Malarial fevers
Disease focus: Malaria
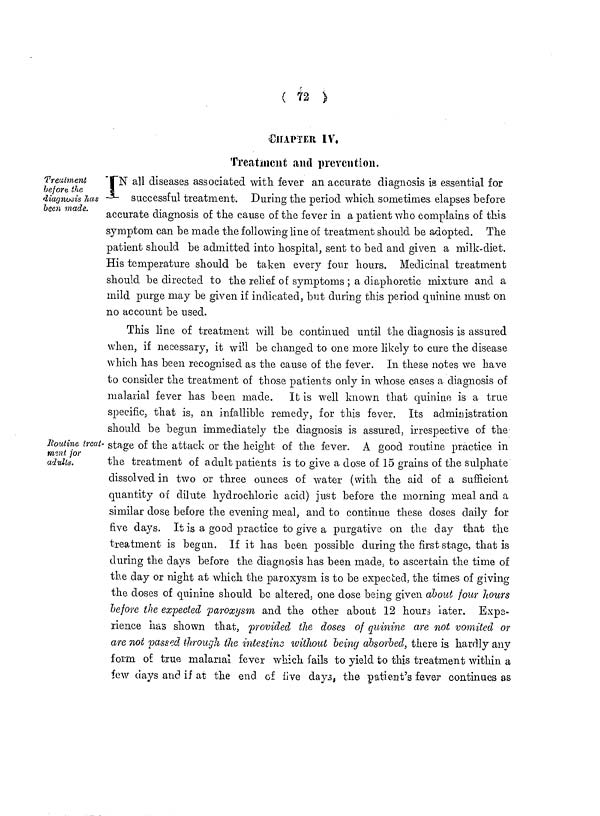
( 72 )
CHAPTER IV.
Treatment and prevention.
Treatment
before the
diagnosis has
been made.
IN all diseases associated with fever an accurate diagnosis is essential for
successful treatment. During the period which sometimes elapses before
accurate diagnosis of the cause of the fever in a patient who complains of this
symptom can be made the following line of treatment should be adopted. The
patient should be admitted into hospital, sent to bed and given a milk-diet.
His temperature should be taken every four hours. Medicinal treatment
should be directed to the relief of symptoms ; a diaphoretic mixture and a
mild purge may be given if indicated, but during this period quinine must on
no account be used.
Routine treat-
ment for
adults.
This line of treatment will be continued until the diagnosis is assured
when, if necessary, it will be changed to one more likely to cure the disease
which has been recognised as the cause of the fever. In these notes we have
bo consider the treatment of those patients only in whose cases a diagnosis of
malarial fever has been made. It is well known that quinine is a true
specific, that is, an infallible remedy, for this fever. Its administration
should be begun immediately the diagnosis is assured, irrespective of the
stage of the attack or the height of the fever. A good routine practice in
the treatment of adult patients is to give a dose of 15 grains of the sulphate
dissolved in two or three ounces of water (with the aid of a sufficient
quantity of dilute hydrochloric acid) just before the morning meal and a
similar dose before the evening meal, and to continue these doses daily for
five days. It is a good practice to give a purgative on the clay that the
treatment is begun. If it has been possible during the first stage, that is
during the days before the diagnosis has been made, to ascertain the time of
the day or night at which the paroxysm is to be expected, the times of giving
the doses of quinine should be altered, one dose being given about four hours
before the expected paroxysm and the other about 12 hours later. Exps.
rience has shown that, provided the doses of quinine are not vomited or
are not passed through the intestine without being absorbed, there is hardly any
form of true malarial fever which fails to yield to this treatment within a
few days and if at the end of five days, the patient's fever continues as